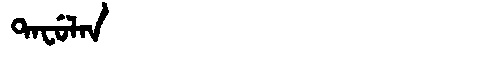
Manchu: ᡨᠠᠸᡠᠯᠠᠨ
Romanization: TAFULAN